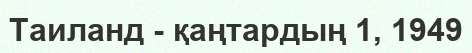
Таиланд - қаңтардың 1, 1949